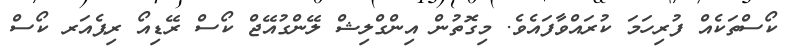
ކޯސްތަކެއް ފުރިހަމަ ކުރައްވާފައެވެ. މިގޮތުން އިންގްލިޝް ލޭންގުއޭޖް ކޯސް ރޭޑިއޯ ރިޕެއަރ ކޯސް